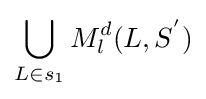
\bigcup _{L\in s_{1}}M_{l}^{d}(L,S^{'})